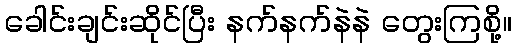
ခေါင်းချင်းဆိုင်ပြီး နက်နက်နဲနဲ တွေးကြစို့။